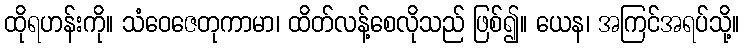
ထိုရဟန်းကို။ သံဝေဇေတုကာမာ၊ ထိတ်လန့်စေလိုသည် ဖြစ်၍။ ယေန၊ အကြင်အရပ်သို့။